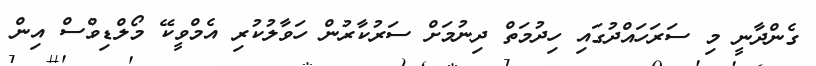
ގެންދާނީ މި ސަރަހައްދުގައި ހިދުމަތް ދިނުމަށް ސަރުކާރުން ހަވާލުކުރި އެމްވީކޭ މޯލްޑިވްސް އިން